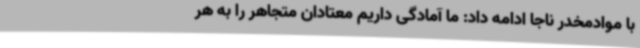
با موادمخدر ناجا ادامه داد: ما آمادگی داریم معتادان متجاهر را به هر